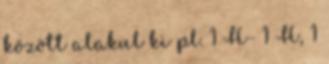
között alakul ki pl. 1 H- 1 H, 1